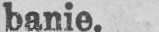
banie.